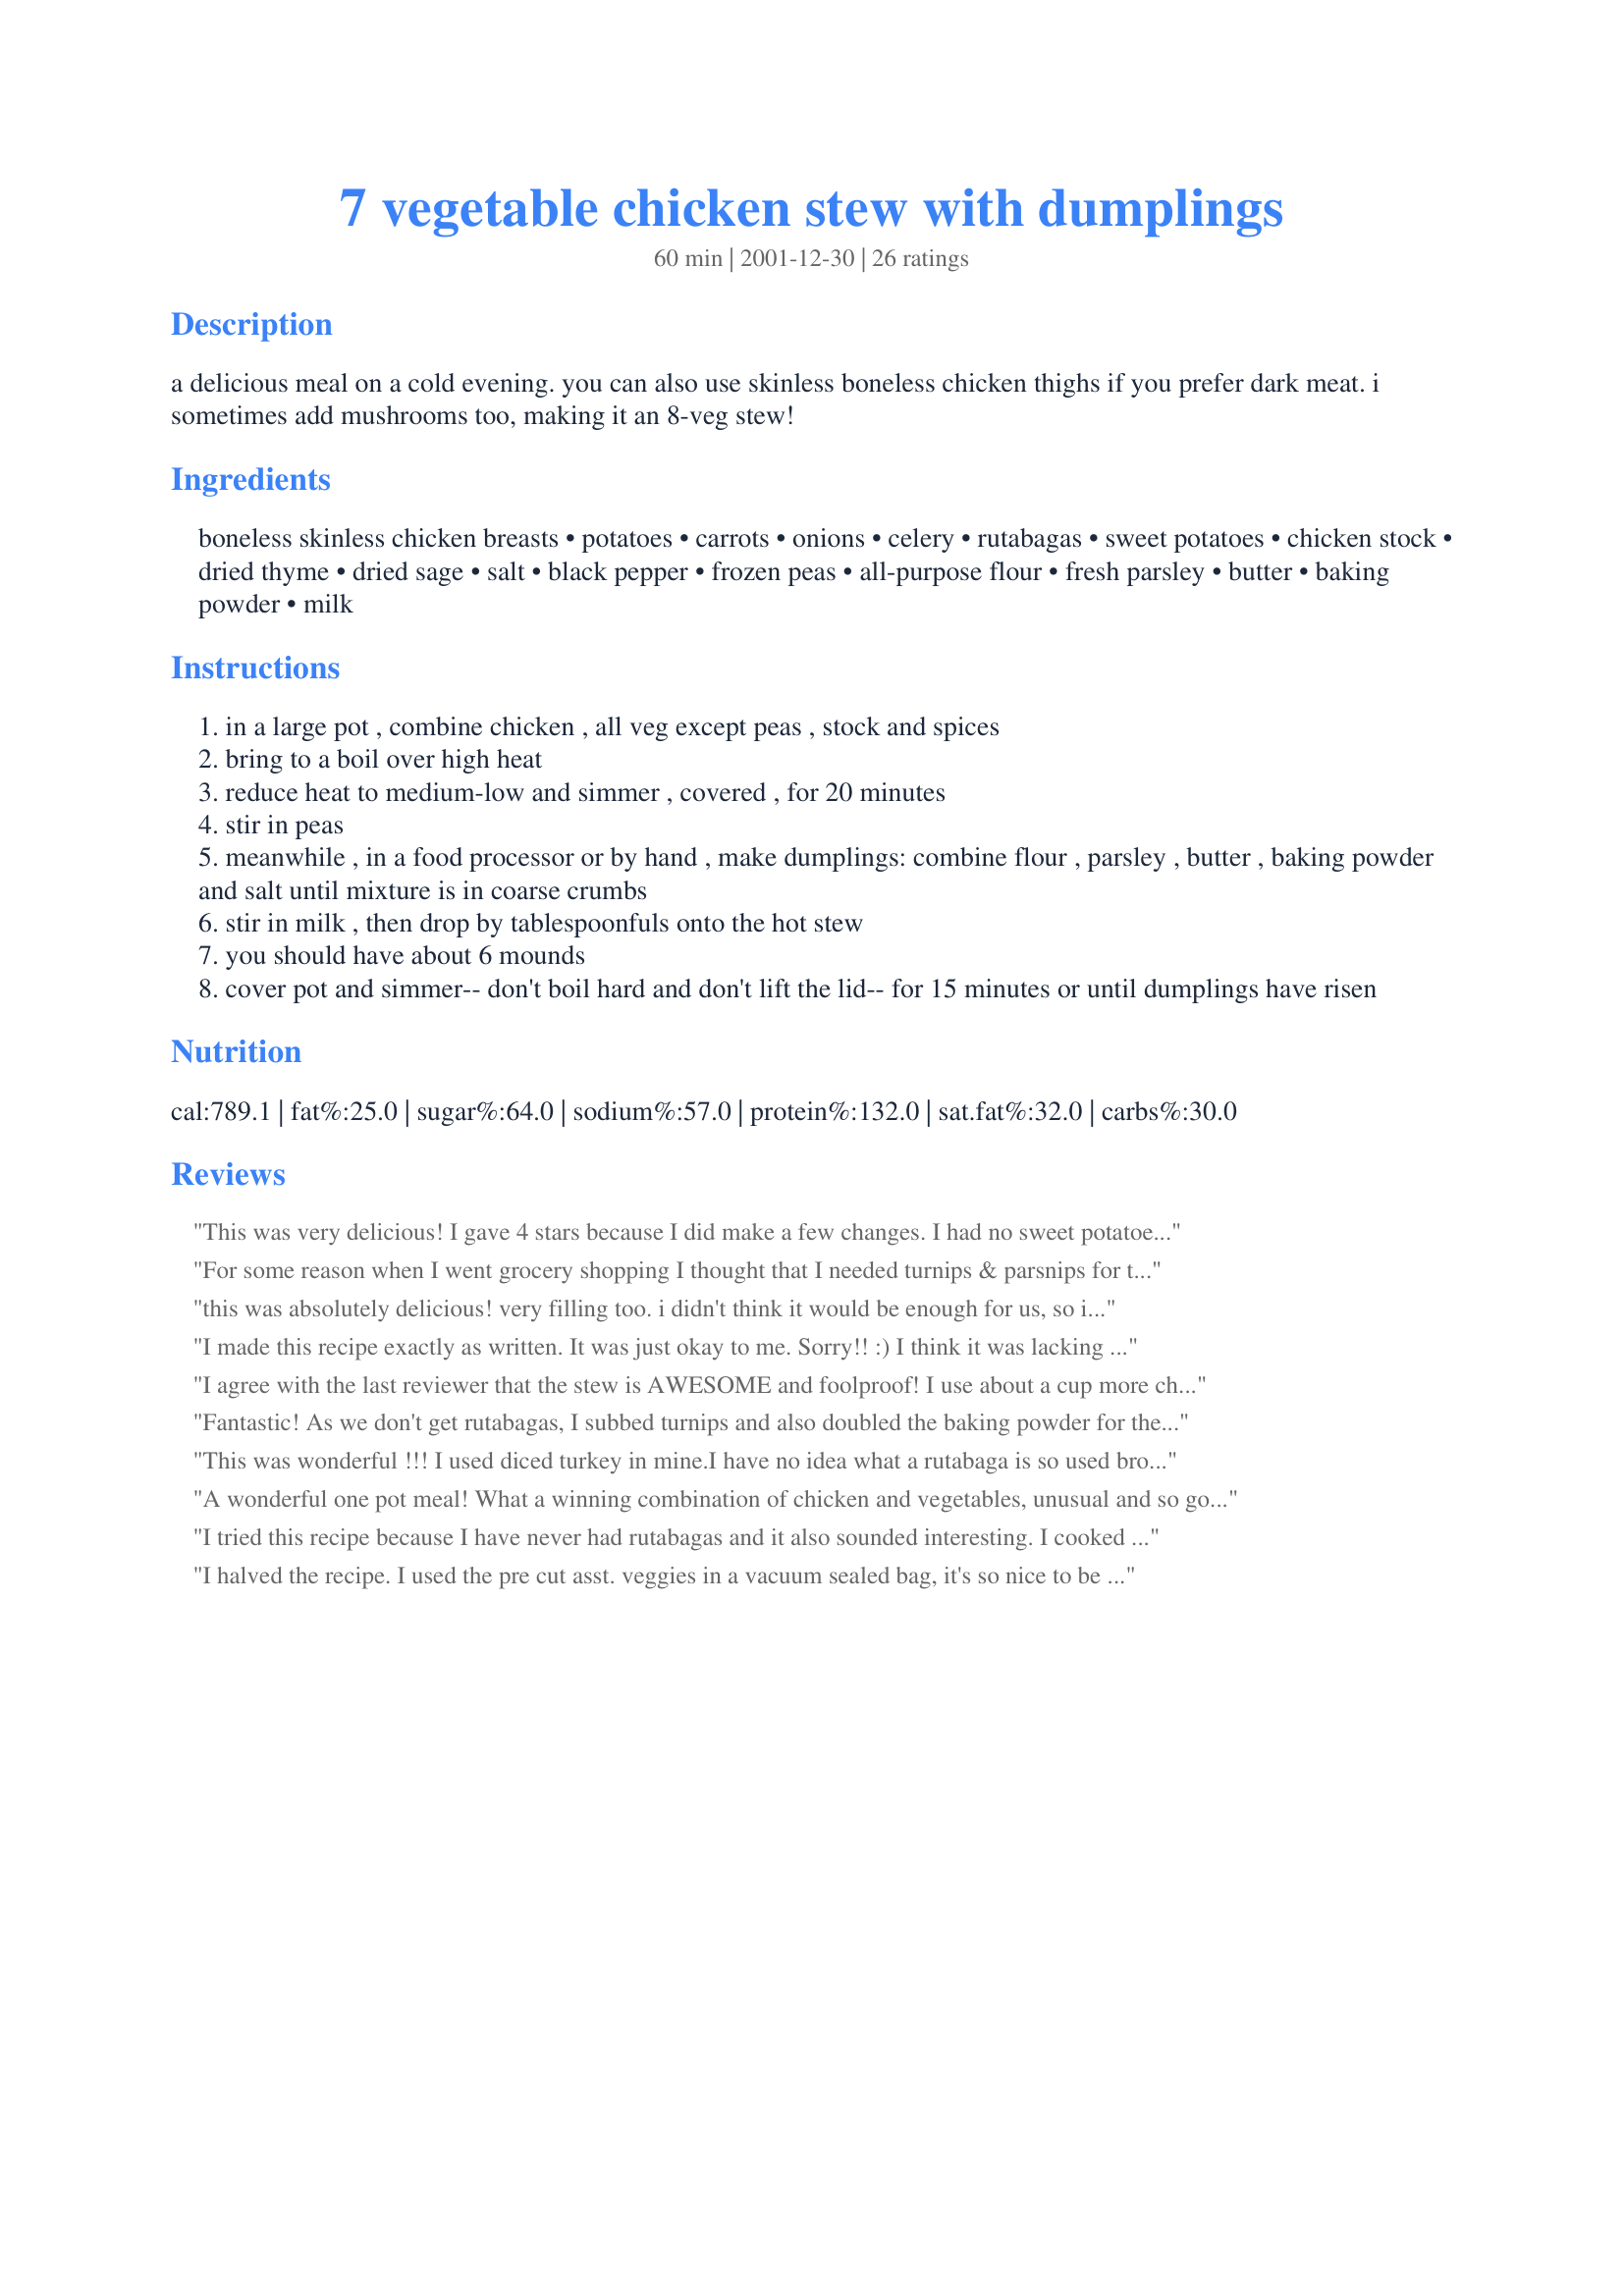
7 vegetable chicken stew with dumplings
Preparation time: 60 minutes

a delicious meal on a cold evening. you can also use skinless boneless chicken thighs if you prefer dark meat. i sometimes add mushrooms too, making it an 8-veg stew!

Ingredients:
boneless skinless chicken breasts, potatoes, carrots, onions, celery, rutabagas, sweet potatoes, chicken stock, dried thyme, dried sage, salt, black pepper, frozen peas, all-purpose flour, fresh parsley, butter, baking powder, milk

Steps:
in a large pot , combine chicken , all veg except peas , stock and spices
bring to a boil over high heat
reduce heat to medium-low and simmer , covered , for 20 minutes
stir in peas
meanwhile , in a food processor or by hand , make dumplings: combine flour , parsley , butter , baking powder and salt until mixture is in coarse crumbs
stir in milk , then drop by tablespoonfuls onto the hot stew
you should have about 6 mounds
cover pot and simmer-- don't boil hard and don't lift the lid-- for 15 minutes or until dumplings have risen

Reviews:
This was very delicious!
I gave 4 stars because I did make a few changes. I had no sweet potatoes or turnips, but it was fine without. I used a 900ml carton of Campbell's chicken broth and added 1 tbsp of Knorr vegetable stock powder for a little extra flavour. I had no thyme or sage, but poultry seasoning worked just as well. I was too lazy to make the dumplings so I subbed with Bisquick.
But on the whole this was still a tasty dinner, quick too!
For some reason when I went grocery shopping I thought that I needed turnips & parsnips for this dish. Since I had them I anyway, I just ended up with a 9 vegetable stew. It was excellent. Peoplle ate veggies that they never knew existed and loved them. Thanks for posting this one.
this was absolutely delicious! very filling too. i didn't think it would be enough for us, so i doubled the recipe. i really didn't need to. i had half left over and my husband and son had third helpings. try this and enjoy! (my son didn't believe he ate rutabaga.)
I made this recipe exactly as written. It was just okay to me. Sorry!! :) I think it was lacking something. I ended up adding more seasonings. I agree with some of the previous reviews that the dumplings were kind of doughy and didn't seem done. I added the extra baking powder as suggested, and they still seemed cooked in the center, but a little too gooey on the outside.
I agree with the last reviewer that the stew is AWESOME and foolproof! I use about a cup more chicken broth and I use pre-cut sweet potatoes and turnip just to save time. The dumpling recipe that they suggested worked way better but I still had to use considerably more milk to get a "batter". The cooking time is doubled which makes a huge difference in the consistency. Still haven't perfected the dumplings but the stew recipe is a definite KEEPER!
Fantastic! As we don't get rutabagas, I subbed turnips and also doubled the baking powder for the dumplings as per previous reviewers' suggestions. The dumplings came out great! Used my own home-made chicken and veg stock. I would have to say the prep time is double the time stated, but this dish is SO worth the effort. I did get a bit carried away with the veg measurements and used more than stated, probably 1/2 as much again of every veg, and this could easily have fed 6 or even 8 people. I'm still eating the leftovers and not getting tired of it at all. A real keeper, thank you!
This was wonderful !!! I used diced turkey in mine.I have no idea what a rutabaga is so used broccoli. I read all the problems re the dumplings and generously added baking powder plus chopped herbs from the garden and it was a fabulous supper on a wintry Sunday night.
A wonderful one pot meal! What a winning combination of chicken and vegetables, unusual and so good. I added extra chicken breasts to the simmering pot, they were delicious sliced for lunch the following day. I went with three teaspoons of baking powder for the dumplings. Everyone loved this great tasting meal. This is a keeper!
I tried this recipe because I have never had rutabagas and it also sounded interesting. I cooked this in a crock pot. Next time, I think I will boil the chicken breast first and skim off the "scum". I cleaned the vegetables the day before and put them all in a bag. One thing about the rutabaga, either I am wonder women, or nuking it on medium for 5 minutes and peeling while warm works. Anyhow, I followed the receipe as directed but I put everything in the crockpot before work so it cooked for about 10 hours. The chicken was very tender.

I transferred the stew to a dutch oven in order to make the dumplings, which I thought, was the absolute best part of the stew. Oh, they were good! All the vegetables were cooked but not overcooked. The chicken was tender and not dry. I'm glad I tried it.

As for rutabagas? I don't think I'll rush out and buy them again, but it was nice to taste them.
I halved the recipe. I used the pre cut asst. veggies in a vacuum sealed bag, it's so nice to be able to buy veggies like like. It had most all the vegetables you mentioned. I cooked it in the crock pot. I used about 1 pound of boneless, skinless chicken thighs. I forgot to add the peas but it was good without them. Thanks for posting the recipe Lennie.
This was a very good stew, and with some minor tweaks will be an amazing meal! We noted the problems some people had with the posted dumpling recipe, so we used mum's from her beef stew recipe, #262169. Our only other concern was that the broth was a little thin for our tastes, but that will be easily fixed next time we make this recipe by dredgeing the meat in flour prior to cooking to give the broth a more gravy like consistency. We both agree that this is a winner. Thanks for the great recipe!
Excellent, outstanding recipe. The tastes are clearly defined, with the chicken soaking all the flavours beautifully. I did not have any peas, but the recipe did not miss them. I put more baking powder as per another reviewer here, but I felt that the 'batter' was too liquid. The dumplings melted into the stew, thickening the sauce, so they did not exactly rise - but the remainder cooked beautifully.
The prep time is optimistic - it takes more than 15 mins to peel and slice all these veggies - count more than 25 mins.
This aside, fabulous meal !
If ever there was comfort food, this is it!!! It tasted incredible, it made the house smell wonderful, and it brought back lots of happy memories from childhood. The only changes I made were to sub turnips for the sweet potatoes and to omit the dumplings (I served the stew with hot buttered toast instead). What a great dinner!! This is a ten star recipe--thanks so much Lennie!!!
Excellent.
I dropped the rutabagas and potatoes and added whole button mushrooms and sliced leek. I also used fresh herbs.
About the dumplings, I made it once without and loved it. Then decided to try them. I won't be doing that again, the clear soup became cloudy and unattractive and dumplings were too soggy.
Good! I made the recipe as stated, only I chopped my onions up pretty small as I don't like big chunks of them, and for the dumplings I used 1 tbsp of baking powder as another reviewer suggested. The stew was quite tasty - my fussy 4 yr old even ate most of his, but I don't think I would make the dumplings again. They didn't seem to have much flavor of their own and to me seemed to take on only the taste of the rutabagas. I will make the stew again only I will use a different dumpling recipe or just serve with biscuits instead. Thanks for posting.
This was super! Not gravy-like but soup-like which I was worried about so I only used 3 cups of stock instead of 4 and simmered w/out the lid on. I will try as the recipe calls next time as it was delicious and could of used the extra moisture! Great Recipe, thanks for sharing!
Wonderful!
Hello Everyone,
I tried this recipe today. I am eating the whole thing by myself [ joke]. This is a real "brings back the memories" dish. It has just the right amount of the different vegetables so that one does not overpower the other, and the seasoning is great but I added about 1 tsp. of tarragon to the spice list and it added just enough sweetness to the dish that I prefer. You won't be sorry if you make this dish. It is 'Gourmet' enough for Sunday Company..even on the very first try !
grammajune
An excellent stew which I just loved and will certainly make again. I added 1 1/2 cups of chopped mushrooms and 1 tsp. of tarragon. The fresh parsley did not look very good at the store today so I didn't buy any. I used 2 tsp. of dried parsley and 3 tsps. baking powder in the dumplings (they turned out light and fluffy). This was very easy to make, smelled good cooking and very filling. Great for a cold night in Canada.
This recipe was sooooo good. I could eat it every night!
This looks like an interesting recipe but I would make one tiny suggestion or change. One of the earlier posters mentioned that her husband found the dumplings to be doughy. It looks like there is about half the amount of baking powder that would be needed to make them rise correctly, so maybe that's why. Typically when I make dumplings I use 2 to 2 1/2 tbsp of baking powder (Clabber Girl--you might not need as much with other brands...) for every 2 cups of flour. They rise up like a charm and are light and fluffy (if I do say so myself...).

Of course, I do live at sea level...if you live at elevation you would need less so maybe that's why the recipe is written the way it is.
Add me to the list of satisfied customers. This was delicious and for chicken and dumplings, very quick. I took previous suggestions and used 1T of baking powder in the dumplings. The "gravy" in this recipe is thinner than most but we didn't mind a bit. Very fresh looking and tasting. I thought perhaps I would miss a few of my usual seasonings/herbs as there are only two used, but it was perfect as written. You could easily slip the rutabaga past a six-year-old. They'll never know it's there.
I made this for my family this evening and it was a hit. My husband even ate the rutabaga and sweet potatoes - I think he was surprised that they tasted sooo good in this recipe. I do think that I may have cooked it a bit longer than needed because my potatoes started to break apart but it just added body to the stew. The one thing my husband didn't care for much was the dumplings, not that they didn't taste good, but that he wasn't expecting something so "doughy." I on the other hand enjoyed the dumplings. I look forward to the leftovers tomorrow night!!!!
Awesome! I omitted the peas and rutabega (didn't have any), and doubled the sweet potatoes. For the dumplings, I used 1 TB of baking powder, 3 TB of butter and added 1/2 tsp of Beau Monde seasoning instead of salt. Soooo good!! Thank you!
This was so good. I used Portuguese yam instead of the regular yam because that's what I had in my fridge, but it was still great.
I made this twice in less than 2 weeks. Once for myself and then again for my parents. 

I did tweak it, but only because I was in the middle of a move and used just what I had on hand the first time. It was so good I made it the same way for my parents.

I used a roasted chicken from the market. Took the meat off the bone and then used the carcass to make my chicken stock. I strained the stock and then added the veggies. I had all except the sweet potatoe and rutabagas, although I'm sure I would love it with those veggies as well.

I added the chicken just before I put the dumplings in. For the dumplings I used 1 1/2 tablespoon of baking powder. They were light and fluffy!

Growing-up, chicken and dumplings was always my request for my birthday dinner. This is my new favorite recipe...I LOVE IT!
